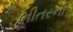
ભીતરની